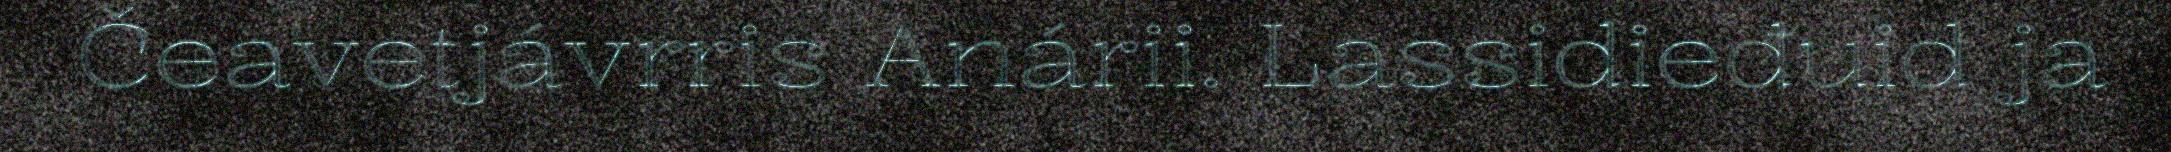
Čeavetjávrris Anárii. Lassidieđuid ja